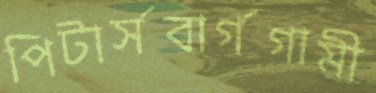
পিটার্সবার্গগামী